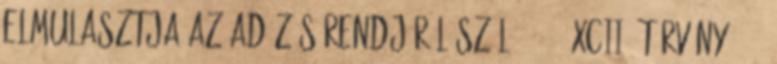
elmulasztja az adózás rendjéről szóló 2003. XCII. törvény 172.